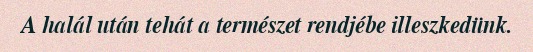
A halál után tehát a természet rendjébe illeszkedünk.